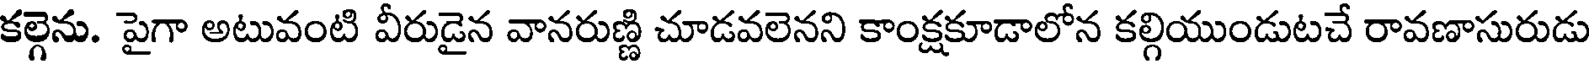
కల్గెను. పైగా అటువంటి వీరుడైన వానరుణ్ణి చూడవలెనని కాంక్షకూడాలోన కల్గియుండుటచే రావణాసురుడు